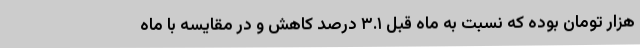
هزار تومان بوده که نسبت به ماه قبل ۳.۱ درصد کاهش و در مقایسه با ماه